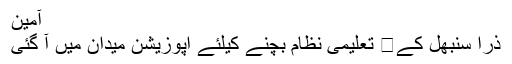
آمین
ذرا سنبھل کے	 تعلیمی نظام بچنے کیلئے اپوزیشن میدان میں آ گئی